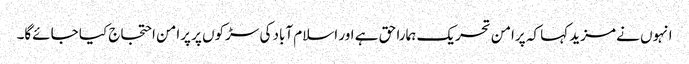
انہوں نے مزید کہا کہ پرامن تحریک ہمارا حق ہے اور اسلام آباد کی سڑکوں پر پرامن احتجاج کیا جائےگا۔